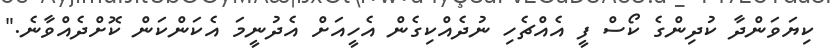
ކިޔަވަންދާ ކުދިންގެ ކޯސް ފީ އެއްޗެހި ނުދެއްކިގެން އެހީއަށް އެދުނީމަ އެކަންކަން ކޮށްދެއްވާނެ."